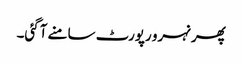
پھر نہرو رپورٹ سامنے آگئی۔